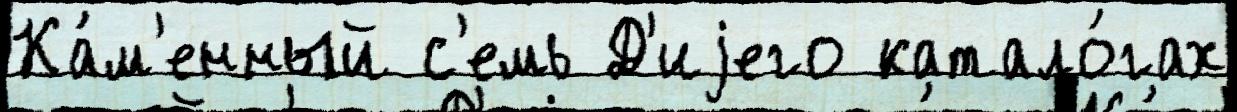
Ка́м'енный с'емь Д'иjего катало́гах